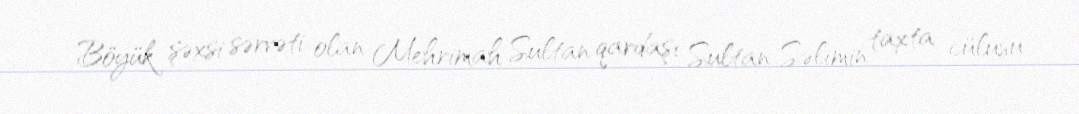
Böyük şəxsi sərvəti olan Mehrimah Sultan qardaşı Sultan Səlimin taxta cülusu